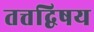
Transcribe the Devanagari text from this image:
तत्तद्विषय